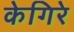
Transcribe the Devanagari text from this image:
केगिरे